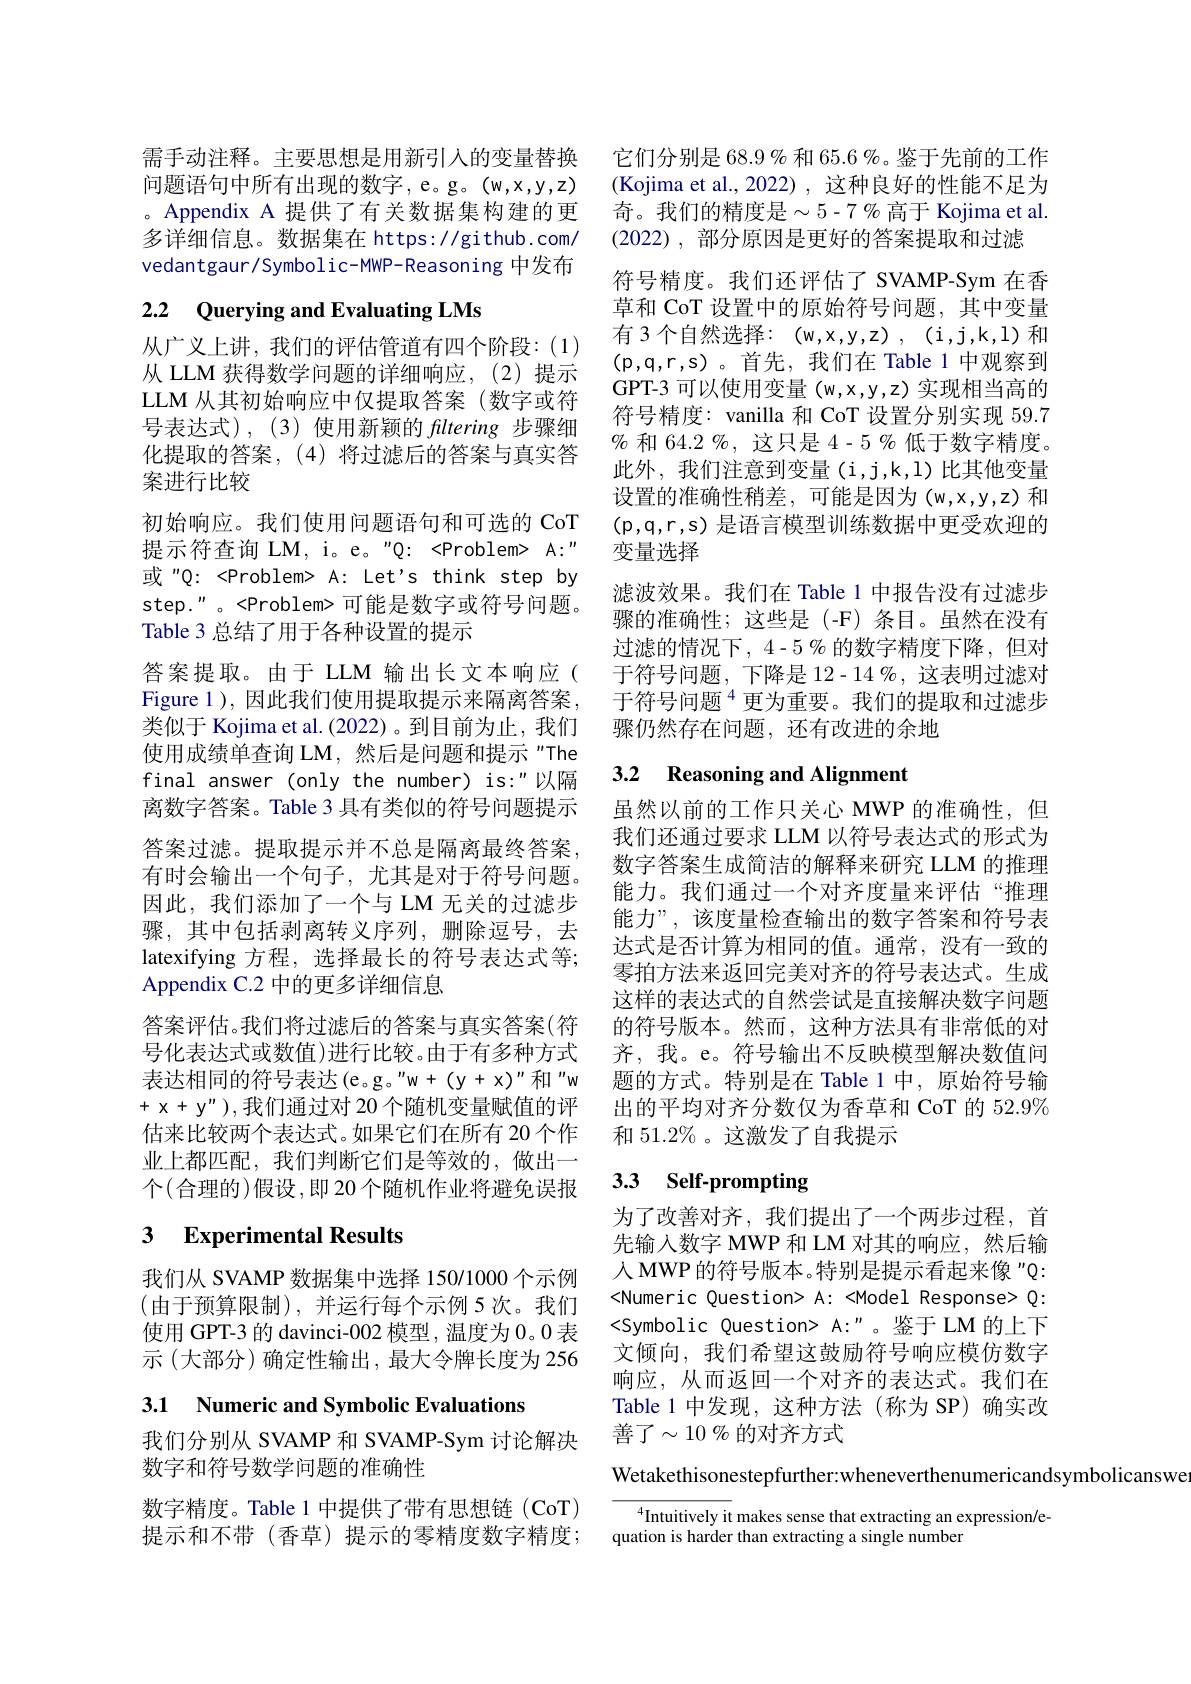
需手动注释。主要思想是用新引人的变量替换问题语句中所有出现的数字，e。g。(w,x,y,z) 。Appendix A 提供了有关数据集构建的更多详细信息。数据集在 https://github.com/ vedantgaur/Symbolic-MWP-Reasoning 中发布

# 2.2 Querying and Evaluating LMs

从广义上讲，我们的评估管道有四个阶段：(1) 从 LLM 获得数学问题的详细响应，(2)提示LLM 从其初始响应中仅提取答案(数字或符号表达式),(3)使用新颖的 filtering 步骤细化提取的答案，(4)将过滤后的答案与真实答案进行比较
初始响应。我们使用问题语句和可选的 CoT 提示符查询 LM, i。e。"Q: <Problem> A:" 或“Q: <Problem> A: Let's think step by step."。<Problem>可能是数字或符号问题。Table 3 总结了用于各种设置的提示
答案提取。由于 LLM 输出长文本响应( Figure 1 ), 因此我们使用提取提示来隔离答案， 类似于 Kojima et al.(2022)。到目前为止，我们使用成绩单查询 LM,然后是问题和提示"The final answer (only the number) is:"以隔离数字答案。Table 3 具有类似的符号问题提示答案过滤。提取提示并不总是隔离最终答案， 有时会输出一个句子，尤其是对于符号问题。因此，我们添加了一个与 LM 无关的过滤步骤，其中包括剥离转义序列，删除逗号，去latexifying 方程，选择最长的符号表达式等； Appendix C.2 中的更多详细信息
答案评估。我们将过滤后的答案与真实答案(符号化表达式或数值)进行比较。由于有多种方式表达相同的符号表达(e。g。"w+(y+x)"和"w $+x+y"),我们通过对20$个随机变量赋值的评 出的平均对齐分数仅为香草和 CoT 的 52.9%
估来比较两个表达式。如果它们在所有 20 个作 和 51.2% 。这激发了自我提示
业上都匹配，我们判断它们是等效的，做出一个(合理的)假设，即 20 个随机作业将避免误报

## 3 Experimental Results

我们从 SVAMP 数据集中选择 150/1000个示例(由于预算限制),并运行每个示例 5 次。我们使用 GPT-3 的 davinci-002 模型，温度为0。0表示(大部分)确定性输出，最大令牌长度为 256

3.1 Numeric and Symbolic Evaluations

我们分别从 SVAMP 和 SVAMP-Sym 讨论解决
数字和符号数学问题的准确性

数字精度。Table 1 中提供了带有思想链 (CoT)
提示和不带 (香草) 提示的零精度数字精度；quation is harder than extracting a single number

它们分别是 68.9% 和 65.6 %。鉴于先前的工作(Kojima et al., 2022) , 这种良好的性能不足为奇。我们的精度是$\sim5$-7% 高于 Kojima et al. (2022),部分原因是更好的答案提取和过滤
符号精度。我们还评估了 SVAMP-Sym 在香草和 CoT 设置中的原始符号问题，其中变量有 3 个自然选择：(w,x,y,z) , (i,j,k,l) 和$(\mathfrak{p},\mathfrak{q},\mathfrak{r},\mathfrak{s})$。首先，我们在 Table 1 中观察到GPT-3 可以使用变量(w,x,y,z) 实现相当高的符号精度：vanilla 和 CoT 设置分别实现 59.7 % 和 64.2 %, 这只是 4-5 % 低于数字精度。此外，我们注意到变量(i,j,k,l)比其他变量设置的准确性稍差，可能是因为(w,x,y,z)和$(\mathfrak{p},\mathfrak{q},\mathfrak{r},\mathfrak{s})$是语言模型训练数据中更受欢迎的变量选择
滤波效果。我们在 Table 1 中报告没有过滤步骤的准确性；这些是(-F)条目。虽然在没有过滤的情况下，4-5 % 的数字精度下降，但对于符号问题，下降是 12-14 %,这表明过滤对于符号问题$^{4}$更为重要。我们的提取和过滤步骤仍然存在问题，还有改进的余地

## 3.2 Reasoning and Alignment

虽然以前的工作只关心 MWP 的准确性，但我们还通过要求 LLM 以符号表达式的形式为数字答案生成简洁的解释来研究 LLM 的推理能力。我们通过一个对齐度量来评估“推理能力”,该度量检查输出的数字答案和符号表达式是否计算为相同的值。通常，没有一致的零拍方法来返回完美对齐的符号表达式。生成这样的表达式的自然尝试是直接解决数字问题的符号版本。然而，这种方法具有非常低的对齐，我。e。符号输出不反映模型解决数值问题的方式。特别是在 Table 1 中，原始符号输

# 3.3 Self-prompting

为了改善对齐，我们提出了一个两步过程，首先输入数字 MWP 和 LM 对其的响应，然后输人 MWP 的符号版本。特别是提示看起来像 "Q: <Numeric Question> A: <Model Response> Q: <Symbolic Question> A:"。鉴于 LM 的上下文倾向，我们希望这鼓励符号响应模仿数字响应，从而返回一个对齐的表达式。我们在Table 1 中发现，这种方法(称为 SP) 确实改善了$\sim10\%$的对齐方式

Wetakethisonestepfurther:wheneverthenumericandsymbolicanswe

$\overline{{^{4}\text{Intuitively it makes sense that extracting an expression/e-}}}$